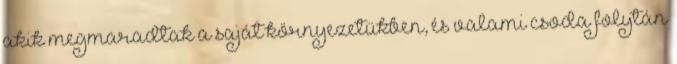
akik megmaradtak a saját környezetükben, és valami csoda folytán